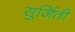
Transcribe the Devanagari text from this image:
सुर्जिती